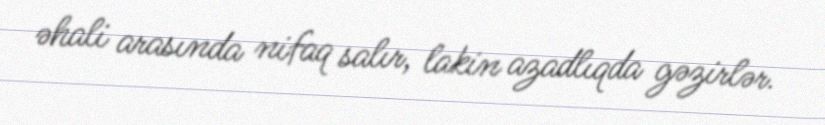
əhali arasında nifaq salır, lakin azadlıqda gəzirlər.